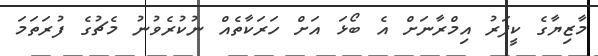
މާޒިޔާގެ ކީޕަރު އިމްރާނަށް އެ ބޯޅަ އަށް ހަރަކާތެއް ނުކުރެވުނު މެޗުގެ ފުރަތަމަ